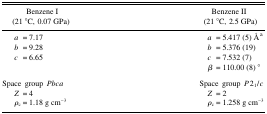
<table><thead><tr><td><b>Benzene I (21 °C, 0.07 GPa)</b></td><td><b>Benzene II (21 °C, 2.5 GPa)</b></td></tr></thead><tbody><tr><td> <i>a</i> = 7.17</td><td> <i>a</i> = 5.417 (5) Åa</td></tr><tr><td> <i>b</i> = 9.28</td><td> <i>b</i> = 5.376 (19)</td></tr><tr><td> <i>c</i> = 6.65</td><td> <i>c</i> = 7.532 (7)</td></tr><tr><td></td><td> <i>β</i> = 110.00 (8)°</td></tr><tr><td>Space group <i>Pbca</i></td><td>Space group <i>P</i>2<sub>1</sub>/<i>c</i></td></tr><tr><td> <i>Z</i> = 4</td><td> <i>Z</i> = 2</td></tr><tr><td> <i>ρ</i><sub>c</sub>= 1.18 g cm<sup>−3</sup></td><td> <i>ρ</i><sub>c</sub> = 1.258 g cm<sup>−3</sup></td></tr></tbody></table>